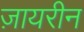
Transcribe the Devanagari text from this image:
ज़ायरीन